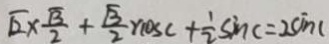
\sqrt { 2 } \times \frac { \sqrt { 3 } } { 2 } + \frac { \sqrt { 3 } } { 2 } r \cos c + \frac { 1 } { 2 } \sin c = 2 \sin c